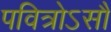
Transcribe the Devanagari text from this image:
पवित्रोऽसौ